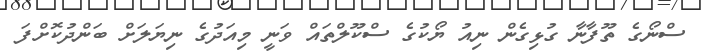
ސްނޯގެ ތޫފާނާ ގުޅިގެން ނިއު ޔޯކުގެ ސްކޫލްތައް ވަނީ މިއަދުގެ ނިޔަަލަށް ބަންދުކޮށްފަ